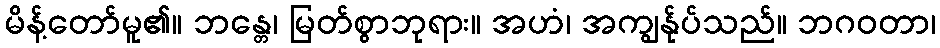
မိန့်တော်မူ၏။ ဘန္တေ၊ မြတ်စွာဘုရား။ အဟံ၊ အကျွန်ုပ်သည်။ ဘဂဝတာ၊